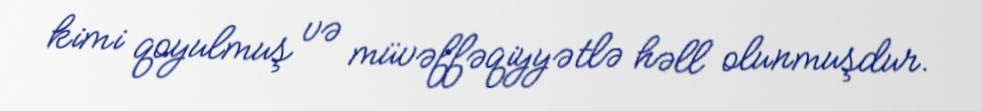
kimi qoyulmuş və müvəffəqiyyətlə həll olunmuşdur.